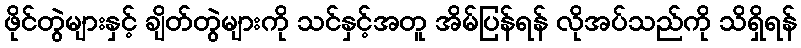
ဖိုင်တွဲများနှင့် ချိတ်တွဲများကို သင်နှင့်အတူ အိမ်ပြန်ရန် လိုအပ်သည်ကို သိရှိရန်